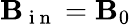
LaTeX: \mathbf{B}_{\mathrm{~i~n~}}=\mathbf{B}_{0}